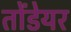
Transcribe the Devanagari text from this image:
तोंडेयर